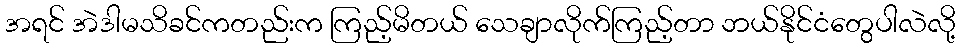
အရင် အဲဒါမသိခင်ကတည်းက ကြည့်မိတယ် သေချာလိုက်ကြည့်တာ ဘယ်နိုင်ငံတွေပါလဲလို့